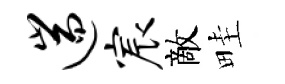
遄宸敵畦